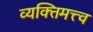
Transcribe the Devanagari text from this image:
व्यक्‍तिमत्त्व